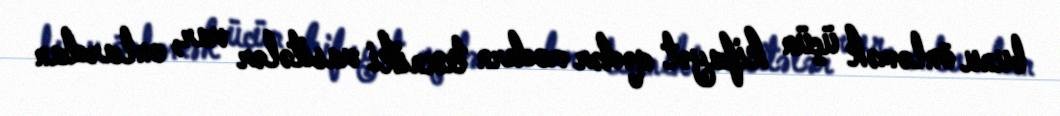
bunu önləmək üçün kifayət qədər modern texniki vasitələr var, onlardan